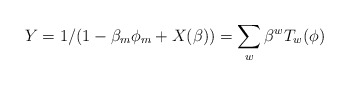
\begin{align*}Y = 1/(1-\beta_{m}\phi_{m} + X(\beta)) = \sum_{w} \beta^{w}T_{w}(\phi)\end{align*}